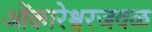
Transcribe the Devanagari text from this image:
ओंकारेश्वरजवळ